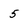
Character: 5